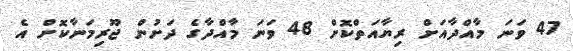
47 ވަނަ މާއްދާއަށް ރިޔާއަތްކޮށް 48 ވަނަ މާއްދާގެ ދަށުން ޖޫރިމަނާކޮށް އެ